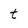
Character: t